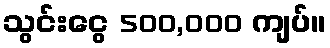
သွင်းငွေ 500,000 ကျပ်။